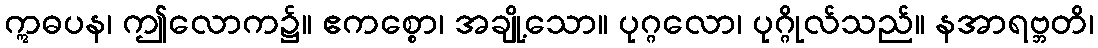
ဣဓပန၊ ဤလောက၌။ ဧကစ္စော၊ အချို့သော။ ပုဂ္ဂလော၊ ပုဂ္ဂိုလ်သည်။ နအာရဗ္ဘတိ၊